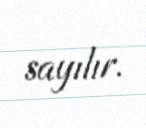
sayılır.